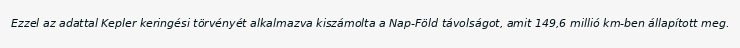
Ezzel az adattal Kepler keringési törvényét alkalmazva kiszámolta a Nap-Föld távolságot, amit 149,6 millió km-ben állapított meg.